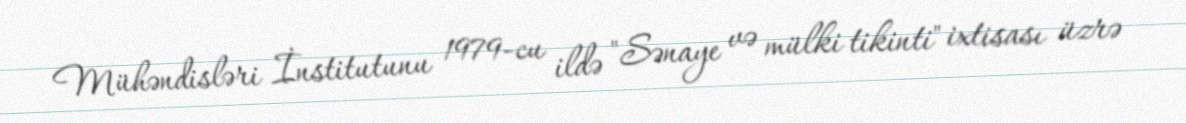
Mühəndisləri İnstitutunu 1979-cu ildə "Sənaye və mülki tikinti" ixtisası üzrə